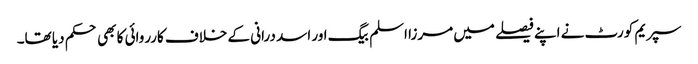
سپریم کورٹ نے اپنے فیصلے میں مرزا اسلم بیگ اور اسد درانی کے خلاف کارروائی کا بھی حکم دیا تھا۔